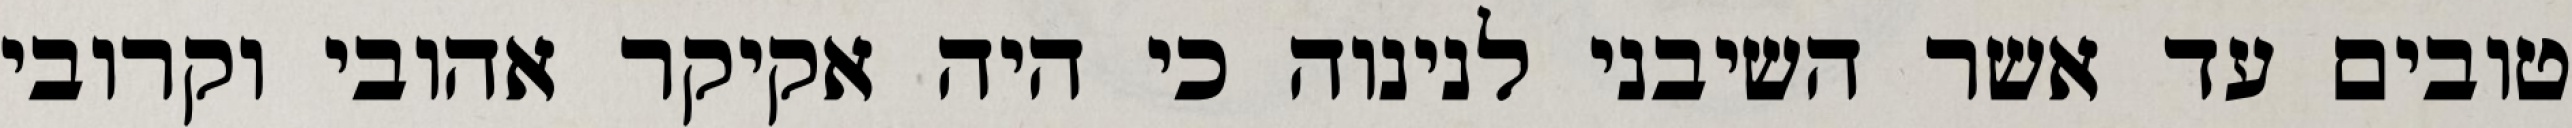
טובים עד אשר השיבני לנינוה כי היה אקיקר אהובי וקרובי